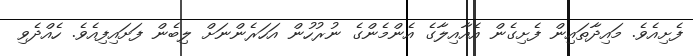
ފެށިއެވެ. މައިދާތައިން ފެށިގެން އެއާއިލާގެ އެންމެންގެ ނުރުހުން އަހަރެންނަށް ލިބެން ފަށައިފިއެވެ. ހެއްދެވި